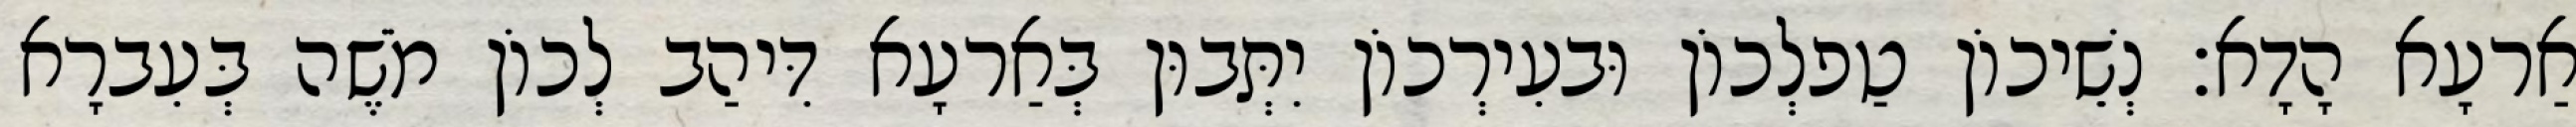
אַרעָא הָדָא׃ נְשֵׁיכוֹן טַפלְכוֹן וּבעִירְכוֹן יִתְּבוּן בְּאַרעָא דִּיהַב לְכוֹן מֹשֶׁה בְּעִברָא